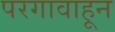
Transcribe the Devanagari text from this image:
परगावाहून